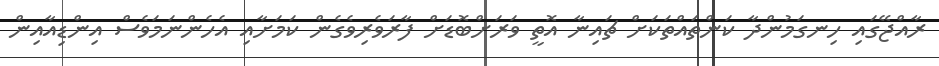
ރާއްޖޭގައި ހިނގަމުންދާ ކަންތައްތަކަށް ޗައިނާ އޮތީ ވަރަށްބޮޑަށް ފާރަވެރިވެގެން ކަމަށާއި އެހެންނަމަވެސް އިންޑިއާއިން